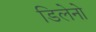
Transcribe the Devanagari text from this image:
डिलेनो